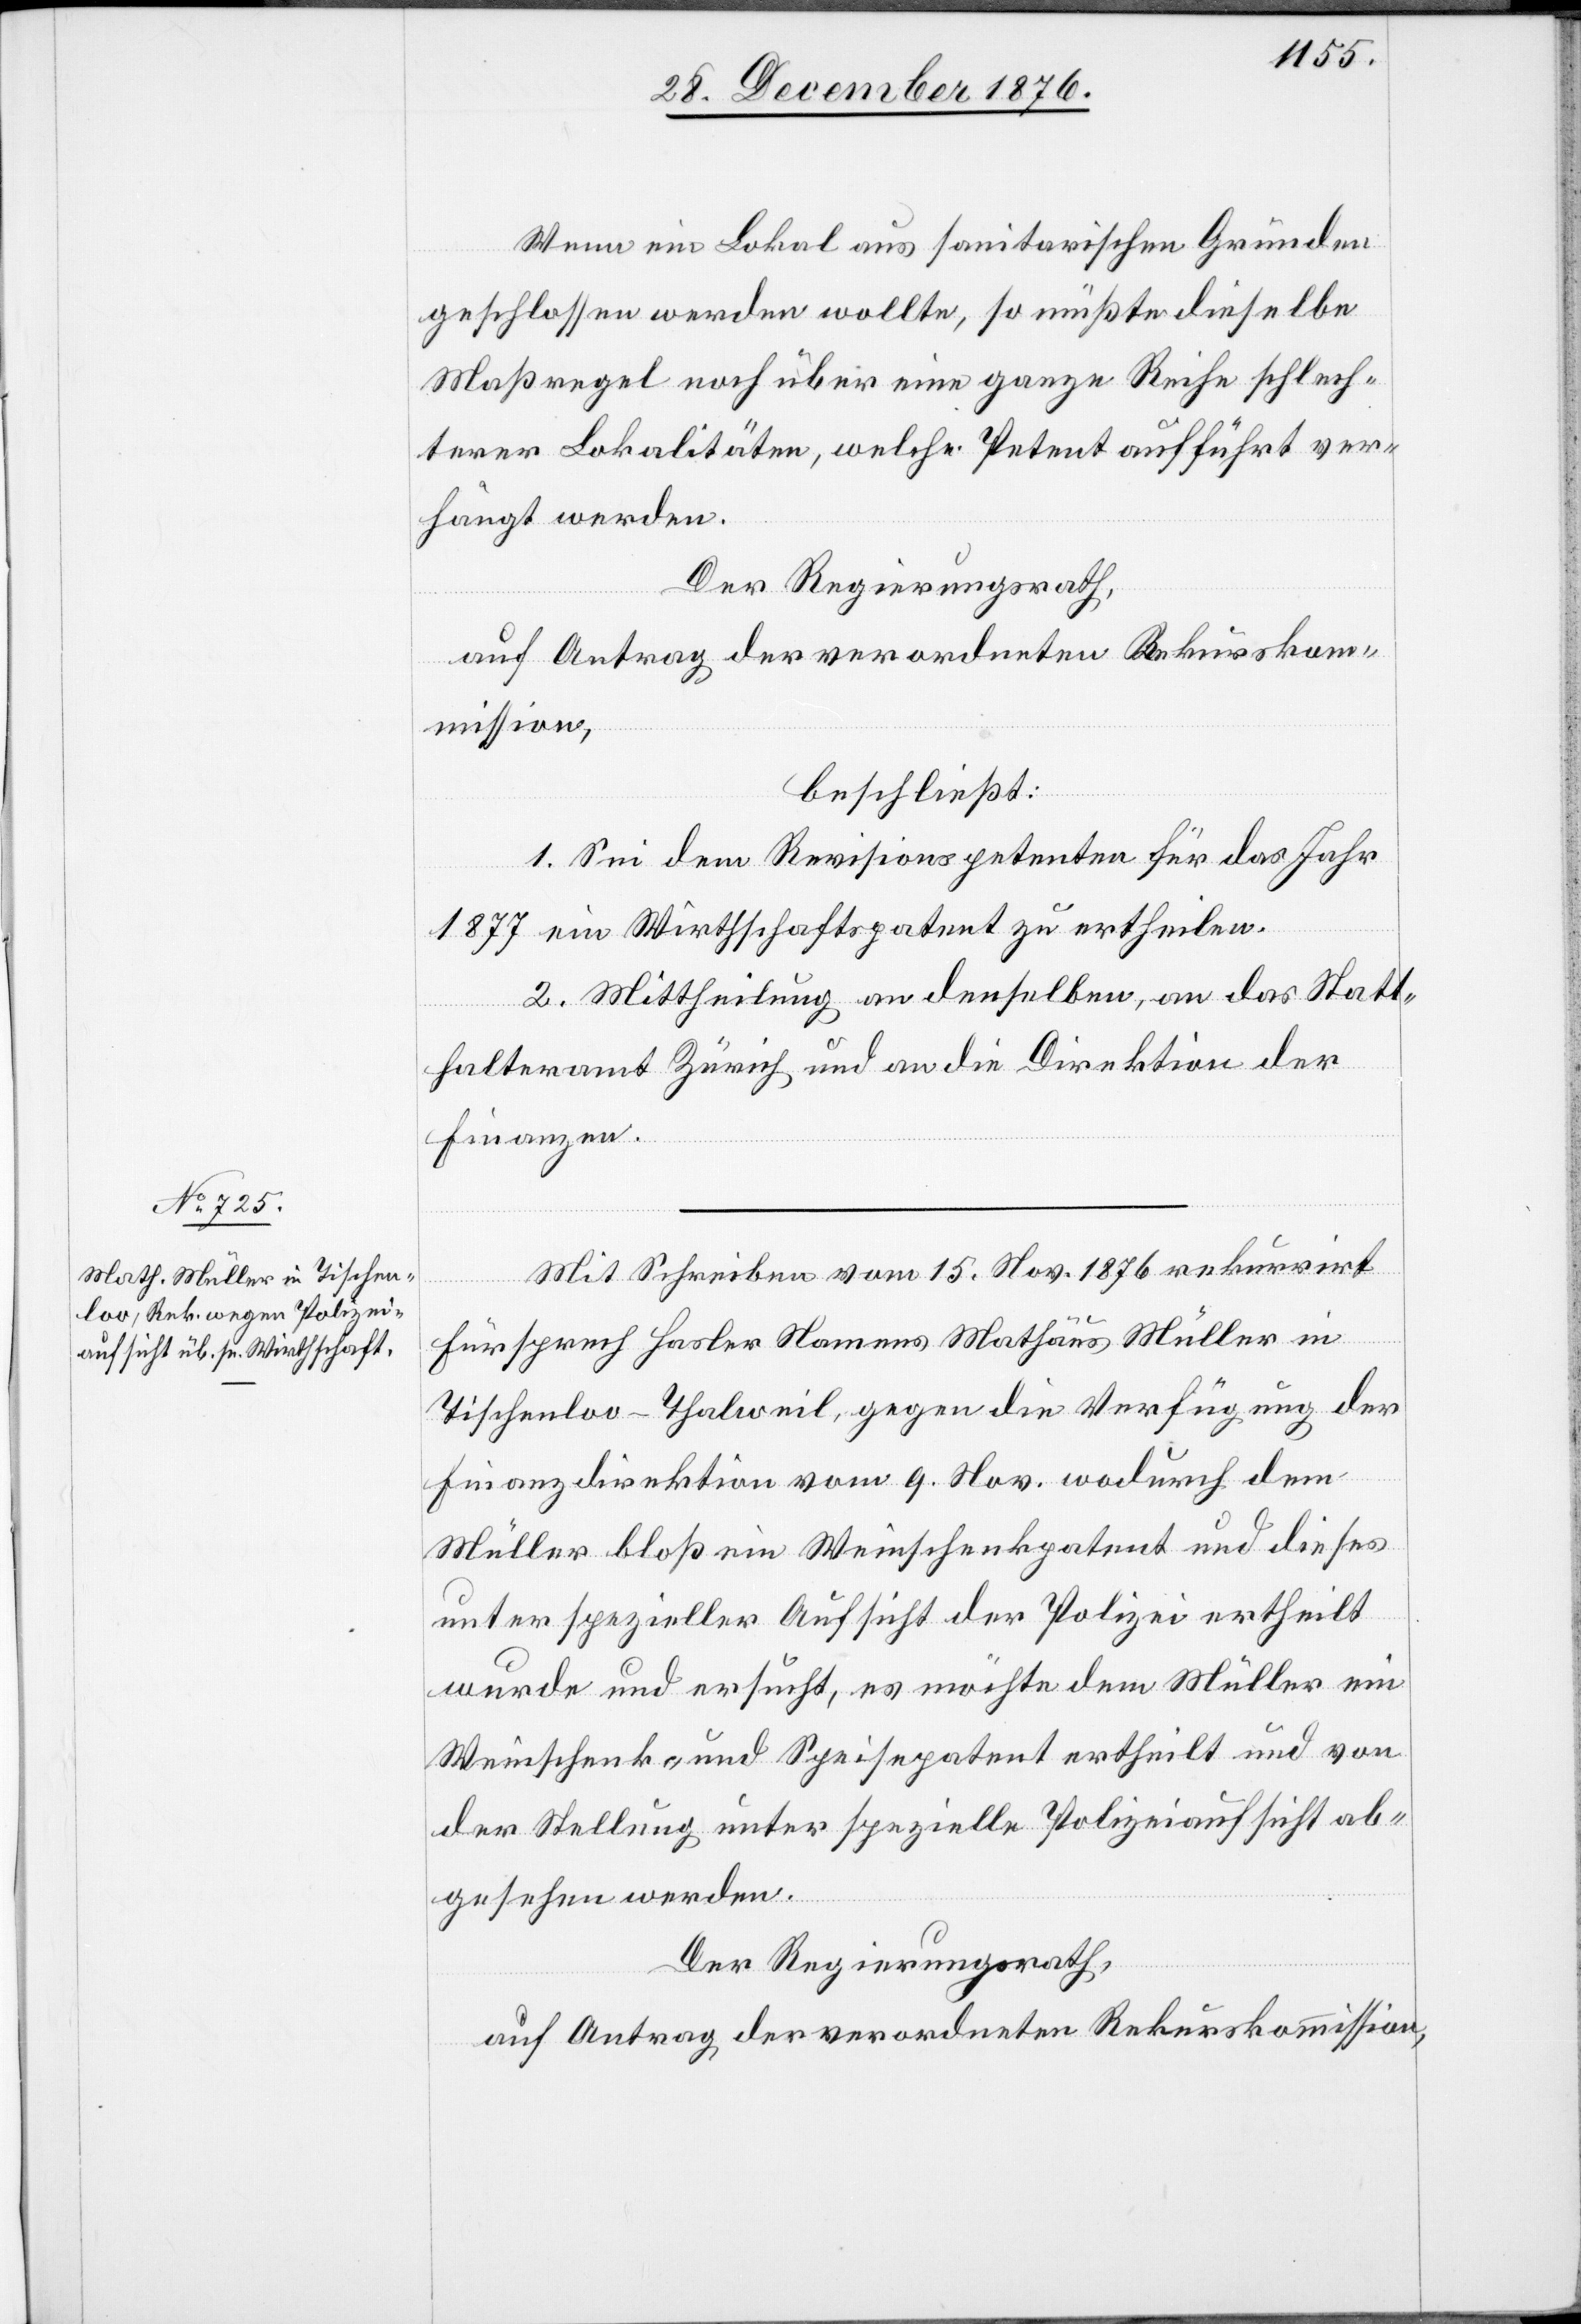
Wenn ein Lokal aus sanitarischen Gründen
geschlossen werden wollte, so müßte dieselbe
Maßregel noch über eine ganze Reihe schlech¬
terer Lokalitäten, welche Petent aufführt ver¬
hängt werden.
Der Regierungsrath,
beschließt:
1. Sei dem Revisionspetenten für das Jahr
1877 ein Wirthschaftspatent zu ertheilen.
2. Mittheilung an denselben, an das Statt¬
halteramt Zürich und an die Direktion der
Finanzen.
Mit Schreiben vom 15. Nov. 1876 rekurrirt
Fürsprech Hasler Namens Mathäus Müller in
Tischenlov - Thalweil, gegen die Verfügung der
Finanzdirektion vom 9. Nov. wodurch dem
Müller bloß ein Weinschenkpatent und dieses
unter spezieller Aufsicht der Polizei ertheilt
wurde und ersucht, es möchte dem Müller ein
Weinschenk- und Speisepatent ertheilt und von
der Stellung unter spezielle Polizeiaufsicht ab¬
gesehen werden.
Der Regierungsrath,
auf Antrag der verordneten Rekurskommission,